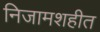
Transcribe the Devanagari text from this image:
निजामशहीत